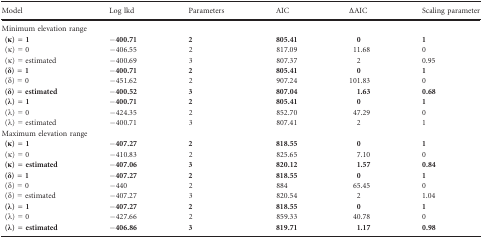
<table><thead><tr><td><b>Model</b></td><td><b>Log lkd</b></td><td><b>Parameters</b></td><td><b>AIC</b></td><td><b>∆AIC</b></td><td><b>Scaling parameter</b></td></tr></thead><tbody><tr><td colspan="6">Minimum elevation range</td></tr><tr><td><b> (κ) = 1</b></td><td>−<b>400.71</b></td><td><b>2</b></td><td><b>805.41</b></td><td><b>0</b></td><td><b>1</b></td></tr><tr><td> (κ) = 0</td><td>−406.55</td><td>2</td><td>817.09</td><td>11.68</td><td>0</td></tr><tr><td> (κ) = estimated</td><td>−400.69</td><td>3</td><td>807.37</td><td>2</td><td>0.95</td></tr><tr><td><b> (δ) = 1</b></td><td>−<b>400.71</b></td><td><b>2</b></td><td><b>805.41</b></td><td><b>0</b></td><td><b>1</b></td></tr><tr><td> (δ) = 0</td><td>−451.62</td><td>2</td><td>907.24</td><td>101.83</td><td>0</td></tr><tr><td><b> (δ) = estimated</b></td><td>−<b>400.52</b></td><td><b>3</b></td><td><b>807.04</b></td><td><b>1.63</b></td><td><b>0.68</b></td></tr><tr><td><b> (λ) = 1</b></td><td>−<b>400.71</b></td><td><b>2</b></td><td><b>805.41</b></td><td><b>0</b></td><td><b>1</b></td></tr><tr><td> (λ) = 0</td><td>−424.35</td><td>2</td><td>852.70</td><td>47.29</td><td>0</td></tr><tr><td> (λ) = estimated</td><td>−400.71</td><td>3</td><td>807.41</td><td>2</td><td>1</td></tr><tr><td colspan="6">Maximum elevation range</td></tr><tr><td><b> (κ) = 1</b></td><td>−<b>407.27</b></td><td><b>2</b></td><td><b>818.55</b></td><td><b>0</b></td><td><b>1</b></td></tr><tr><td> (κ) = 0</td><td>−410.83</td><td>2</td><td>825.65</td><td>7.10</td><td>0</td></tr><tr><td><b> (κ) = estimated</b></td><td>−<b>407.06</b></td><td><b>3</b></td><td><b>820.12</b></td><td><b>1.57</b></td><td><b>0.84</b></td></tr><tr><td><b> (δ) = 1</b></td><td>−<b>407.27</b></td><td><b>2</b></td><td><b>818.55</b></td><td><b>0</b></td><td><b>1</b></td></tr><tr><td> (δ) = 0</td><td>−440</td><td>2</td><td>884</td><td>65.45</td><td>0</td></tr><tr><td> (δ) = estimated</td><td>−407.27</td><td>3</td><td>820.54</td><td>2</td><td>1.04</td></tr><tr><td><b> (λ) = 1</b></td><td>−<b>407.27</b></td><td><b>2</b></td><td><b>818.55</b></td><td><b>0</b></td><td><b>1</b></td></tr><tr><td> (λ) = 0</td><td>−427.66</td><td>2</td><td>859.33</td><td>40.78</td><td>0</td></tr><tr><td><b> (λ) = estimated</b></td><td>−<b>406.86</b></td><td><b>3</b></td><td><b>819.71</b></td><td><b>1.17</b></td><td><b>0.98</b></td></tr></tbody></table>